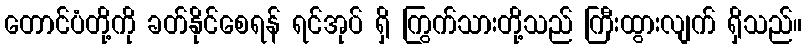
တောင်ပံတို့ကို ခတ်နိုင်စေရန် ရင်အုပ် ရှိ ကြွက်သားတို့သည် ကြီးထွားလျက် ရှိသည်။